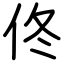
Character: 佟